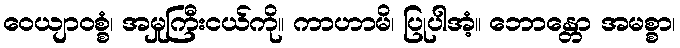
ဝေယျာဝစ္စံ၊ အမှုကြီးငယ်ကို။ ကာဟာမိ၊ ပြုပါအံ့။ ဘောန္တော အမစ္စာ၊